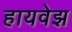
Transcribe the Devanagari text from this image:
हायवेझ